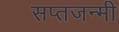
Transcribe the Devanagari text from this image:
सप्तजन्मी